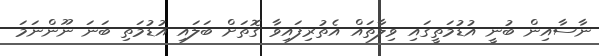
ނާސާއިން ބުނީ އުޑުމަތީގައި ވިލާތައް އެތުރިފައިވާ ގޮތަށް ބަލައި އުޑުމަތި ބަނަ ނޫންނަމަ